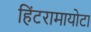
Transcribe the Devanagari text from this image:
हिंटरामायोटा